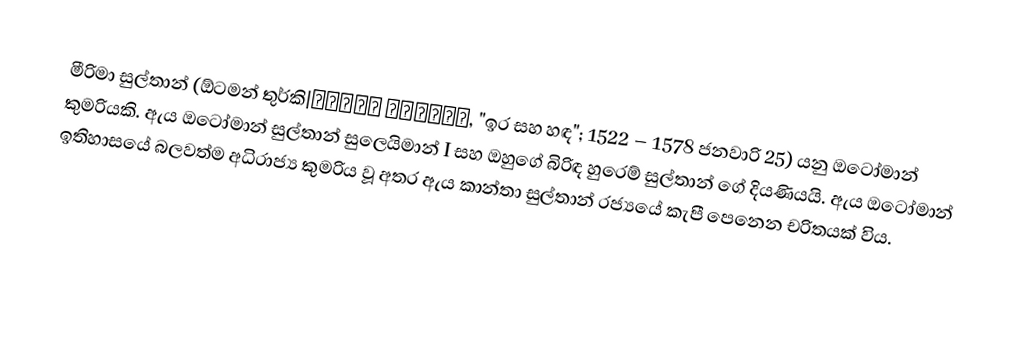
මීරිමා සුල්තාන් (ඕටමන් තුර්කි|مهرماه سلطان, "ඉර සහ හඳ"; 1522 – 1578 ජනවාරි 25) යනු ඔටෝමාන් කුමරියකි. ඇය ඔටෝමාන් සුල්තාන් සුලෙයිමාන් I සහ ඔහුගේ බිරිඳ හුරෙම් සුල්තාන් ගේ දියණියයි. ඇය ඔටෝමාන් ඉතිහාසයේ බලවත්ම අධිරාජ්‍ය කුමරිය වූ අතර ඇය කාන්තා සුල්තාන් රජ්‍යයේ කැපී පෙනෙන චරිතයක් විය.